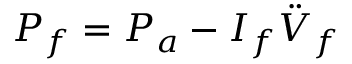
P _ { f } = P _ { a } - I _ { f } \ddot { V } _ { f }